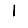
Digit: 1